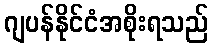
ဂျပန်နိုင်ငံအစိုးရသည်